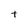
Character: t